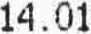
14.01